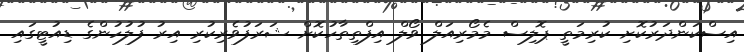
އިސްކަންދަރުކޮށި ކުރިމަތީ ޕޮލިސް މެމޯރިއަލް ވޯލް އިފްތިތާހުކޮށް ޝަރަފުވެރިކުރި އިރު ފުލުހުންގެ ޑިއުޓީގައި